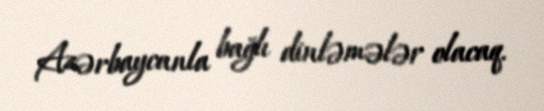
Azərbaycanla bağlı dinləmələr olacaq.